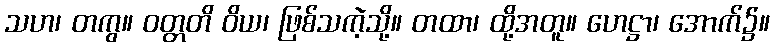
သဟ၊ တကွ။ ဝတ္တတိ ဝိယ၊ ဖြစ်သကဲ့သို့။ တထာ၊ ထို့အတူ။ ဟေဋ္ဌာ၊ အောက်၌။